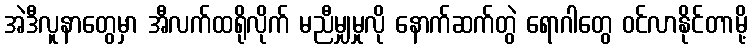
အဲဒီလူနာတွေမှာ အီလက်ထရိုလိုက် မညီမျှမှုလို နောက်ဆက်တွဲ ရောဂါတွေ ဝင်လာနိုင်တာမို့